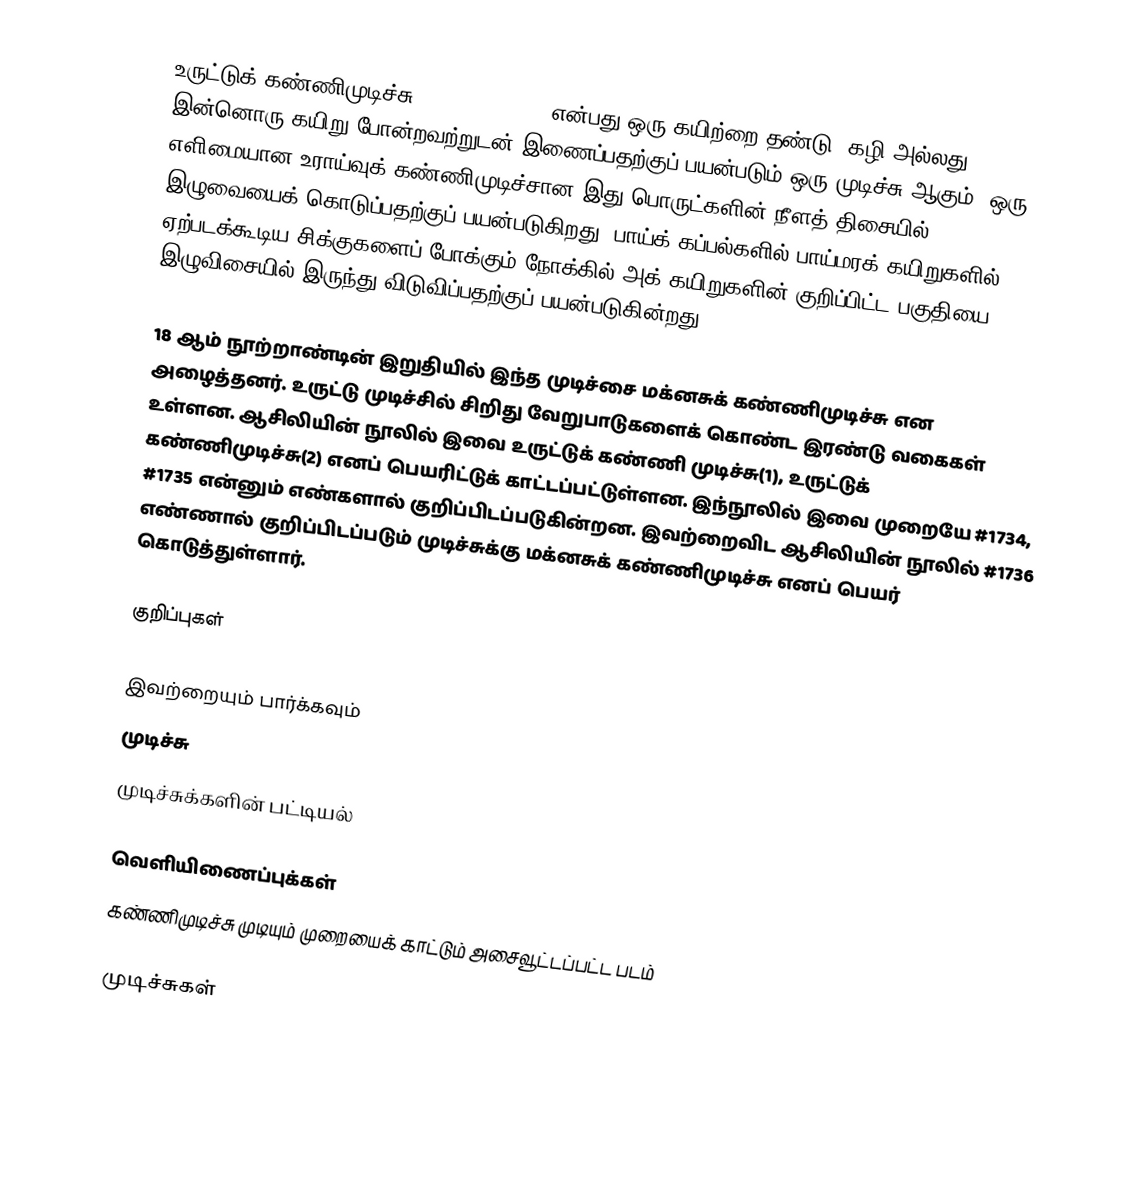
உருட்டுக் கண்ணிமுடிச்சு (Rolling hitch) என்பது ஒரு கயிற்றை தண்டு, கழி அல்லது இன்னொரு கயிறு போன்றவற்றுடன் இணைப்பதற்குப் பயன்படும் ஒரு முடிச்சு ஆகும். ஒரு எளிமையான உராய்வுக் கண்ணிமுடிச்சான இது பொருட்களின் நீளத் திசையில் இழுவையைக் கொடுப்பதற்குப் பயன்படுகிறது. பாய்க் கப்பல்களில் பாய்மரக் கயிறுகளில் ஏற்படக்கூடிய சிக்குகளைப் போக்கும் நோக்கில் அக் கயிறுகளின் குறிப்பிட்ட பகுதியை இழுவிசையில் இருந்து விடுவிப்பதற்குப் பயன்படுகின்றது.

18 ஆம் நூற்றாண்டின் இறுதியில் இந்த முடிச்சை மக்னசுக் கண்ணிமுடிச்சு என அழைத்தனர். உருட்டு முடிச்சில் சிறிது வேறுபாடுகளைக் கொண்ட இரண்டு வகைகள் உள்ளன. ஆசிலியின் நூலில் இவை உருட்டுக் கண்ணி முடிச்சு(1), உருட்டுக் கண்ணிமுடிச்சு(2) எனப் பெயரிட்டுக் காட்டப்பட்டுள்ளன. இந்நூலில் இவை முறையே #1734, #1735 என்னும் எண்களால் குறிப்பிடப்படுகின்றன. இவற்றைவிட ஆசிலியின் நூலில் #1736 எண்ணால் குறிப்பிடப்படும் முடிச்சுக்கு மக்னசுக் கண்ணிமுடிச்சு எனப் பெயர் கொடுத்துள்ளார்.

குறிப்புகள்

இவற்றையும் பார்க்கவும்
 முடிச்சு
 முடிச்சுக்களின் பட்டியல்

வெளியிணைப்புக்கள்
கண்ணிமுடிச்சு முடியும் முறையைக் காட்டும் அசைவூட்டப்பட்ட படம்

முடிச்சுகள்